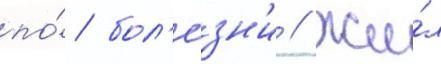
по́ бол'е́зн'и // Жи́л